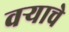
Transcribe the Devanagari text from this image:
वर्‍याचे